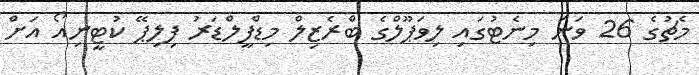
މެޗުގެ 26 ވަނަ މިނެޓުގައި ލިވަޕޫލްގެ ބްރެޒިލް މިޑްފީލްޑަރު ފިލިޕޭ ކުޓީނިއޯ އަށް